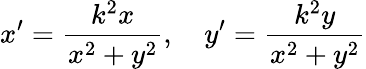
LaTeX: x^{\prime}={\frac{k^{2}x}{x^{2}+y^{2}}},\quad y^{\prime}={\frac{k^{2}y}{x^{2}+y^{2}}}